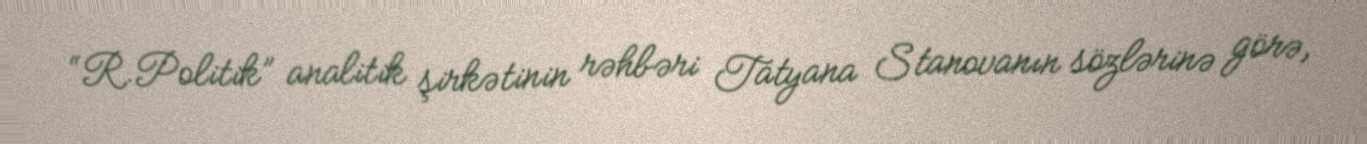
“R.Politik” analitik şirkətinin rəhbəri Tatyana Stanovanın sözlərinə görə,